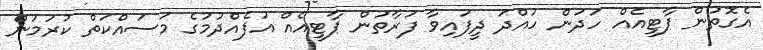
އެގޮތުން ޕާޓީއެއް ހަދަން ހުއްދަ ދީފައިވާ ފަރާތުން ޕާޓީއެއް އުފެއްދުމުގެ މަސައްކަތް ކުރަމުން